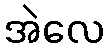
အဲလေ